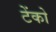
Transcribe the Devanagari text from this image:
टेंको